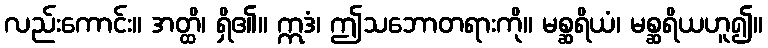
လည်းကောင်း။ အတ္ထိ၊ ရှိ၏။ ဣဒံ၊ ဤသဘောတရားကို။ မစ္ဆရိယံ၊ မစ္ဆရိယဟူ၍။